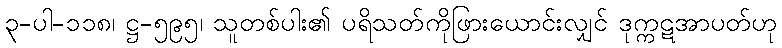
၃-ပါ-၁၁၈၊ ဋ္ဌ-၅၉၅၊ သူတစ်ပါး၏ ပရိသတ်ကိုဖြားယောင်းလျှင် ဒုက္ကဋအာပတ်ဟု